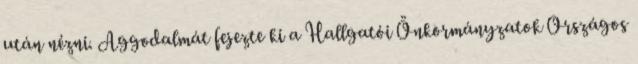
után nézni. Aggodalmát fejezte ki a Hallgatói Önkormányzatok Országos